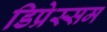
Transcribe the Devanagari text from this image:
डिप्रेस्सम